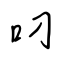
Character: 叼